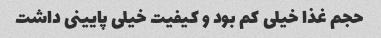
حجم غذا خیلی کم بود و کیفیت خیلی پایینی داشت